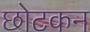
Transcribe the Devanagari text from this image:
छोटकन